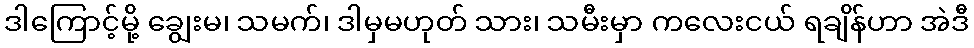
ဒါကြောင့်မို့ ချွေးမ၊ သမက်၊ ဒါမှမဟုတ် သား၊ သမီးမှာ ကလေးငယ် ရချိန်ဟာ အဲဒီ